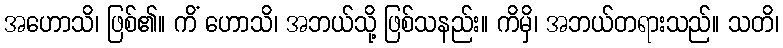
အဟောသိ၊ ဖြစ်၏။ ကိံ ဟောသိ၊ အဘယ်သို့ ဖြစ်သနည်း။ ကိမှိ၊ အဘယ်တရားသည်။ သတိ၊